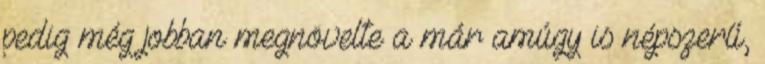
pedig még jobban megnövelte a már amúgy is népszerű,